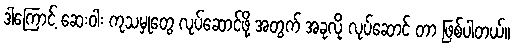
ဒါကြောင့် ဆေးဝါး ကုသမှုတွေ လုပ်ဆောင်ဖို့ အတွက် အခုလို လုပ်ဆောင် တာ ဖြစ်ပါတယ်။